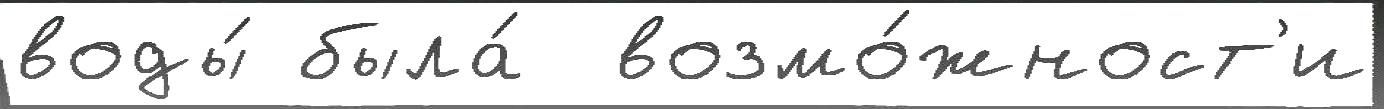
воды́ была́  возмо́жност'и